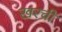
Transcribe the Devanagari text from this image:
खरची